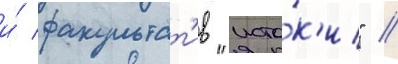
и́ факультат'ив "исто́к'и" //